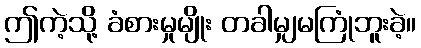
ဤကဲ့သို့ ခံစားမှုမျိုး တခါမျှမကြုံဘူးခဲ့။